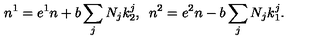
n ^ { 1 } = e ^ { 1 } n + b \sum _ { j } N _ { j } k _ { 2 } ^ { j } , \enspace n ^ { 2 } = e ^ { 2 } n - b \sum _ { j } N _ { j } k _ { 1 } ^ { j } .